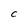
Character: C